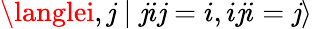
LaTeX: \langlei,\mathit{j}\mid\mathit{j}i\mathit{j}=i,i\mathit{j}i=\mathit{j}\rangle